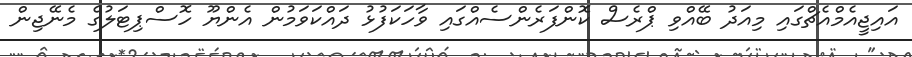
އައިޖީއެމްއެޗްގައި މިއަދު ބޭއްވި ޕްރެސް ކޮންފަރެންސެއްގައި ވާހަކަފުޅު ދައްކަވަމުން އެންޔޫ ހޮސްޕިޓަލުގެ މެނޭޖިން